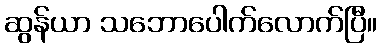
ဆွန်ယာ သဘောပေါက်လောက်ပြီ။